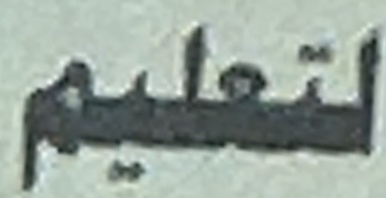
لتعليم